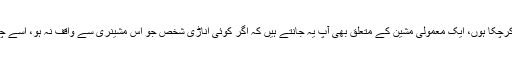
جیسا کہ ابھی عرض کرچکا ہوں، ایک معمولی مشین کے متعلق بھی آپ یہ جانتے ہیں کہ اگر کوئی اناڑی شخص جو اس مشینری سے واقف نہ ہو، اسے چلائے گا تو بگاڑ دیگا۔